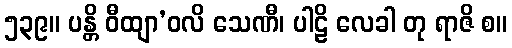
၅၃၉။ ပန္တိ ဝီထျာ’ဝလိ သေဏီ၊ ပါဠိ လေခါ တု ရာဇိ စ။